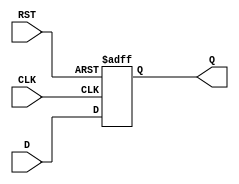
module d_flip_flop (
    input D, // data input
    input CLK, // clock input
    input RST, // reset input
    output reg Q // output
);

    // sequential logic block
    always @(posedge CLK or posedge RST) begin
        if (RST) begin
            Q <= 0; // reset
        end else begin
            Q <= D; // latching D input on rising edge of clock
        end
    end

endmodule